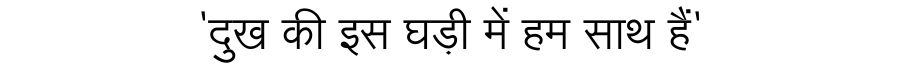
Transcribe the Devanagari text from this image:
'दुख की इस घड़ी में हम साथ हैं'